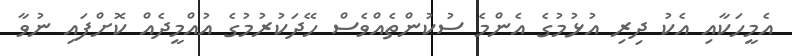
އެމީހަކާއި އެކު ދިރި އުޅުމުގެ އެންމެ ސުކުންތެއްވެސް ހޭދަކުރުމުގެ އުއްމީދެއް ކޮށްފައި ނުވާ